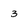
Character: 3